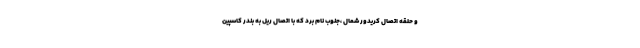
و حلقه اتصال کریدور شمال ،جنوب نام برد که با اتصال ریل به بندر کاسپین